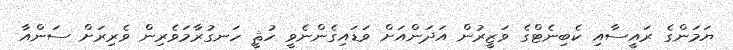
ޔަމަންގެ ރައީސާއި ކެބިނެޓްގެ ވަޒީރުން އަދަންއަށް ވަޑައިގެންނެވީ ހުޘީ ހަނގުރާމަވެރިން ވެރިރަށް ސަންއާ